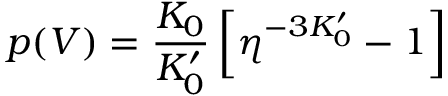
p ( V ) = { \frac { K _ { 0 } } { K _ { 0 } ^ { \prime } } } \left[ \eta ^ { - 3 K _ { 0 } ^ { \prime } } - 1 \right]